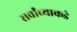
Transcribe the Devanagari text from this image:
सर्वांच्याकडे